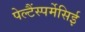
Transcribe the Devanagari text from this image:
पेल्टैंस्पर्मेसिई